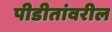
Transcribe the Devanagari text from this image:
पीडीतांवरील